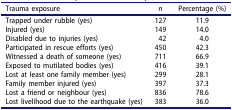
<table><thead><tr><td><b>Trauma exposure</b></td><td><b><i>n</i></b></td><td><b>Percentage (%)</b></td></tr></thead><tbody><tr><td>Trapped under rubble (yes)</td><td>127</td><td>11.9</td></tr><tr><td>Injured (yes)</td><td>149</td><td>14.0</td></tr><tr><td>Disabled due to injuries (yes)</td><td>42</td><td>4.0</td></tr><tr><td>Participated in rescue efforts (yes)</td><td>450</td><td>42.3</td></tr><tr><td>Witnessed a death of someone (yes)</td><td>711</td><td>66.9</td></tr><tr><td>Exposed to mutilated bodies (yes)</td><td>416</td><td>39.1</td></tr><tr><td>Lost at least one family member (yes)</td><td>299</td><td>28.1</td></tr><tr><td>Family member injured (yes)</td><td>397</td><td>37.3</td></tr><tr><td>Lost a friend or neighbour (yes)</td><td>836</td><td>78.6</td></tr><tr><td>Lost livelihood due to the earthquake (yes)</td><td>383</td><td>36.0</td></tr></tbody></table>